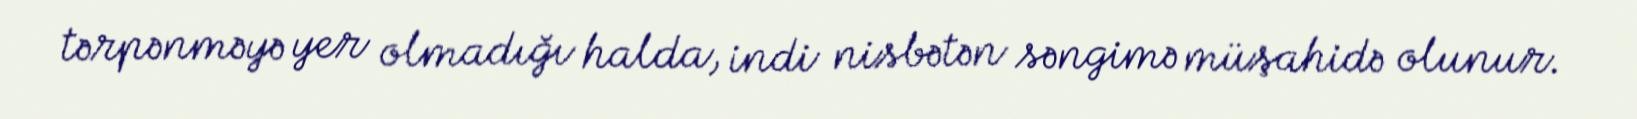
tərpənməyə yer olmadığı halda, indi nisbətən səngimə müşahidə olunur.